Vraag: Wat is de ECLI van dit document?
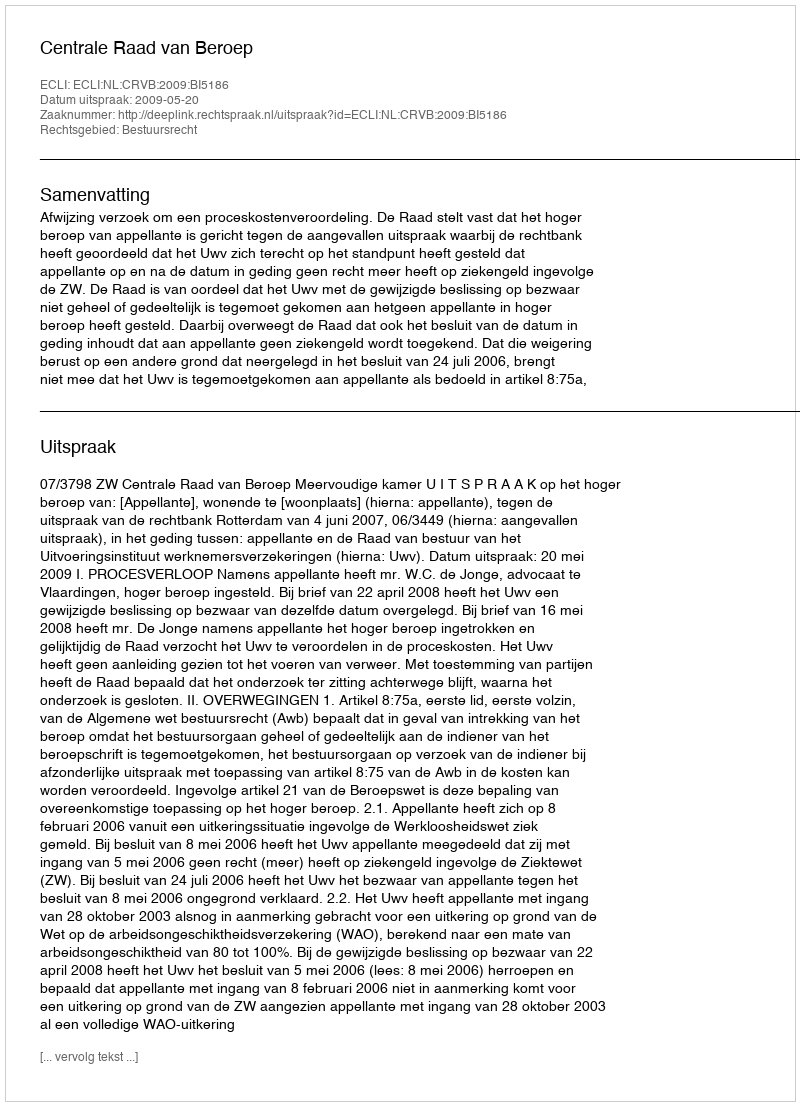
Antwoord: ECLI:NL:CRVB:2009:BI5186